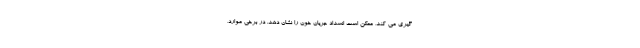
گیری می کند، ممکن است انسداد جریان خون را نشان دهد. در برخی موارد،